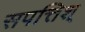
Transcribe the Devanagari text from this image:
सपत्तिश्